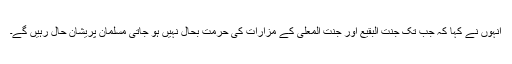
انہوں نے کہا کہ جب تک جنت البقیع اور جنت المعلیٰ کے مزارات کی حرمت بحال نہیں ہو جاتی مسلمان پریشان حال رہیں گے۔